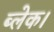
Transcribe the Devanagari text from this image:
ब्लेक।